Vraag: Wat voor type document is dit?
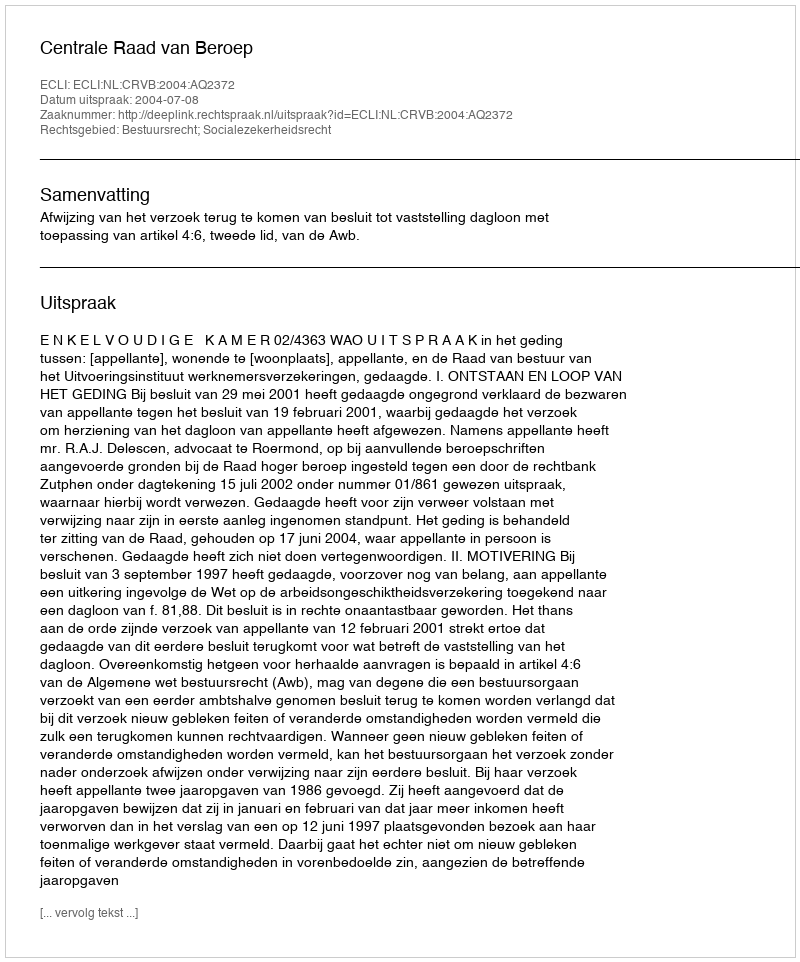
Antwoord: Uitspraak